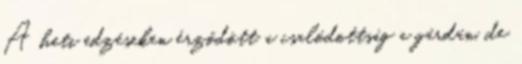
A heti edzéseken érződött a csalódottság a gárdán, de